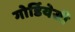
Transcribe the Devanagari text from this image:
गोर्डियेसी